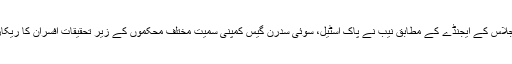
کابینہ کے اجلاس کے ایجنڈے کے مطابق نیب نے پاک اسٹیل، سوئی سدرن گیس کمپنی سمیت مختلف محکموں کے زیر تحقیقات افسران کا ریکارڈ مانگا تھا۔